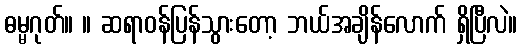
ဓမ္မဂုတ်။ ။ ဆရာဝန်ပြန်သွားတော့ ဘယ်အချိန်လောက် ရှိပြီလဲ။